Document type: Sale
Year: 1461
Scribe: [Unknown]
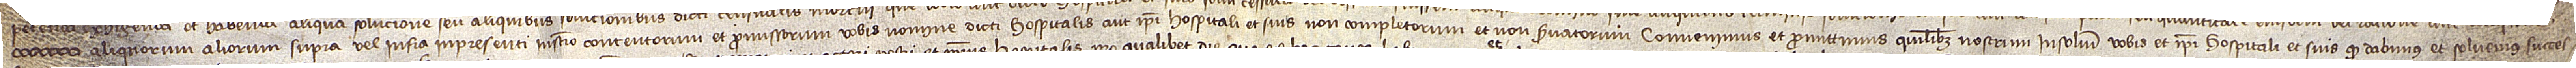
aliquorum aliorum supra vel infra in presenti instrumento contentorum et promissorum vobis nomine dicti hospitalis aut ipsi hospitali et suis non completorum et non servatorum, convenimus et promittimus quilibet nostrum insolidum vobis et ipsi hospitali et suis quod dabimus et solvemus succes-